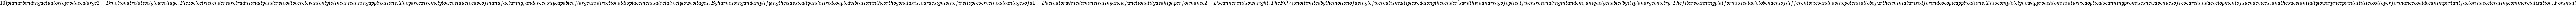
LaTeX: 10)planarbendingactuatortoproducealarge2-Dmotionatrelativelylowvoltage.Piezoelectricbendersaretraditionallyunderstoodtoberelevantonlytolinearscanningapplications.Theyareextremelylowcostduetoeaseofmanufacturing,andareeasilycapableoflargeunidirectionaldisplacementsatrelativelylowvoltages.Byharnessingandamplifyingtheclassicallyundesiredcoupledvibrationintheorthogonalaxis,ourdesignisthefirsttopreservetheadvantagesofa1-Dactuatorwhiledemonstratinganewfunctionalityasahighperformance2-Dscannerinitsownright.TheFOVisnotlimitedbythemotionofasinglefiberbutismultiplexedalongthebender^{\prime}swidthviaanarrayofopticalfibersresonatingintandem,uniquelyenabledbyitsplanargeometry.Thefiberscanningplatformisscalabletobendersofdifferentsizesandhasthepotentialtobefurtherminiaturizedforendoscopicapplications.Thiscompletelynewapproachtominiaturizedopticalscanningpromisesnewavenuesofresearchanddevelopmentofsuchdevices,andthesubstantiallylowerpricepointatlittlecosttoperformancecouldbeanimportantfactorinacceleratingcommercialization.Forsmall